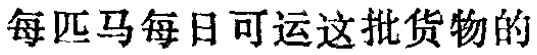
每匹马每日可运这批货物的